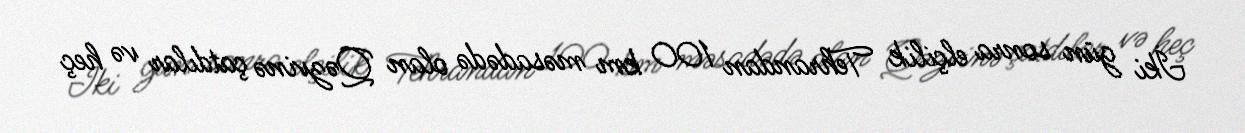
İki gün sonra elçilik Tehrandan 100 km məsadədə olan Qəzvinə çatdılar və heç